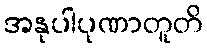
အနုပါပုဏာတူတိ